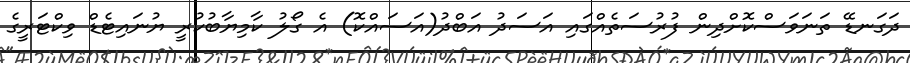
ދަގަނޑޭ ތަނަވަސްކޮށްދިން ފުރުސަތެއްގައި އަސަދު އަބްދު(އަސައްކޮ) އެ ގޯލު ކާމިޔާބުކުރީ ޔުނައިޓެޑް ވިކްޓަރީގެ